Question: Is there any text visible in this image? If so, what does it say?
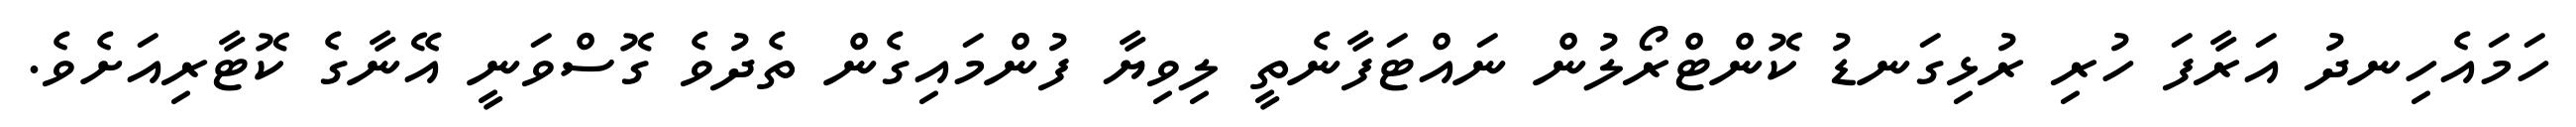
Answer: ހަމައެހިނދު އަރާފަ ހުރި ރުޅިގަނޑު ކޮންޓްރޯލުން ނައްޓަފާނެތީ ލިވިޔާ ފުންމައިގެން ތެދުވެ ގޮސްވަނީ އޭނާގެ ކޮޓާރިއަށެވެ.